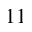
1 1